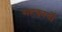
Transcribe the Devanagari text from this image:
सहकार्यों